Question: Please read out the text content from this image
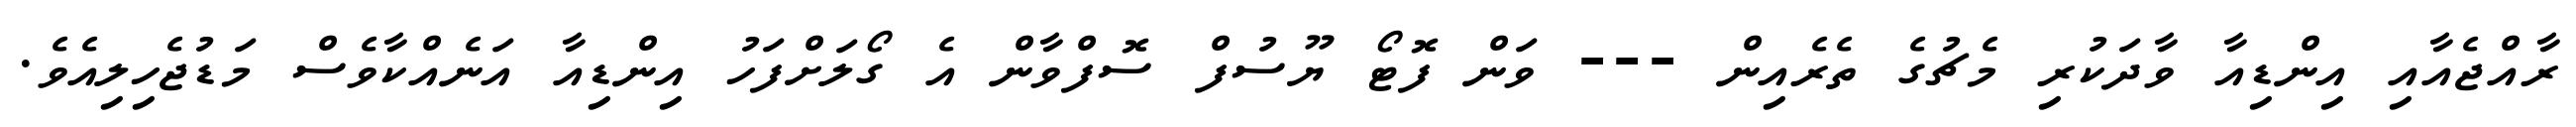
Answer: ރާއްޖެއާއި އިންޑިއާ ވާދަކުރި މެޗުގެ ތެރެއިން --- ވަން ފޮޓޯ ޔޫސުފް ސޮފްވާން އެ ގޯލަށްފަހު އިންޑިއާ އަނެއްކާވެސް މަޑުޖެހިލިއެވެ.